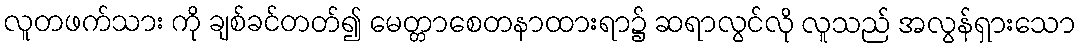
လူတဖက်သား ကို ချစ်ခင်တတ်၍ မေတ္တာစေတနာထားရာ၌ ဆရာလွင်လို လူသည် အလွန်ရှားသော